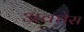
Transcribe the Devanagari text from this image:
अवधेस